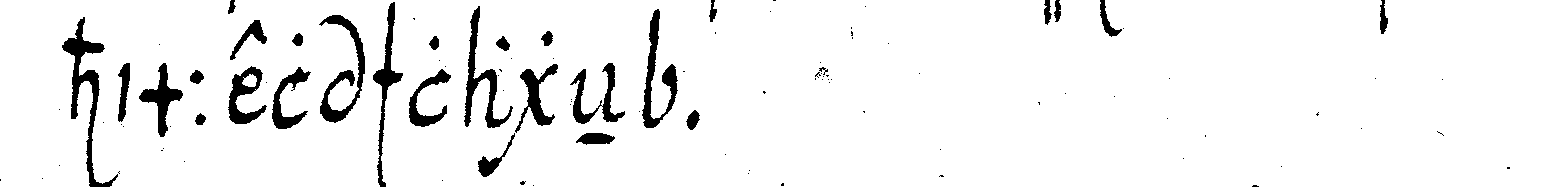
himmel schlageN .